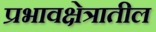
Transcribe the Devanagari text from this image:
प्रभावक्षेत्रातील